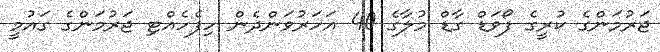
ޖަރުމަންގެ ކުރީގެ ފޯވަޑް ގާޑް މުލާގެ 40 އަހަރުވަންދެން ހިފެހެއްޓި ޖަރުމަންގެ ގައުމީ